Vaccination in the Punjab 1905-1918 - 1905-1918
Year: 1905
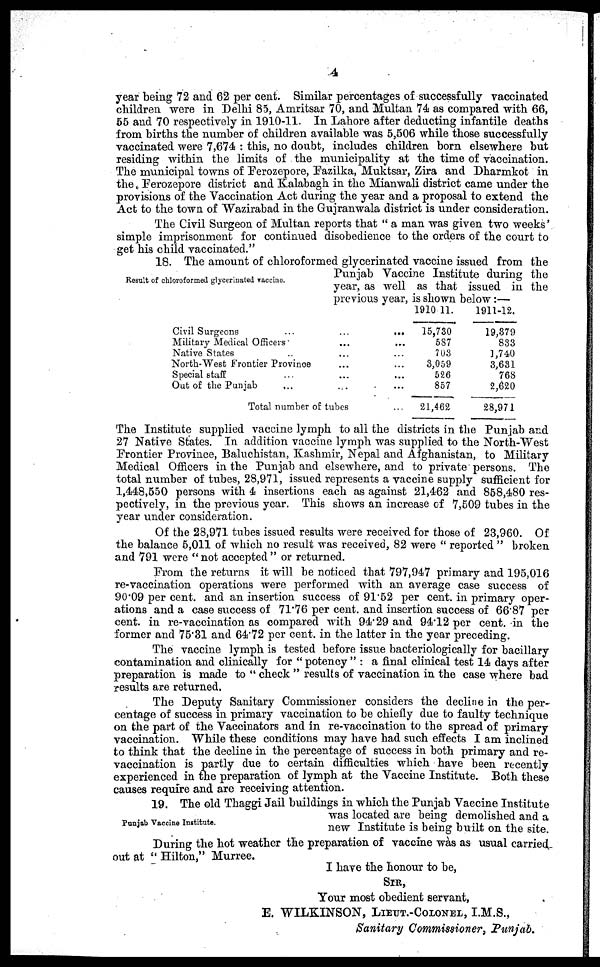
4
year being 72 and 62 per cent. Similar percentages of successfully vaccinated
children were in Delhi 85, Amritsar 70, and Multan 74 as compared with 66,
55 and 70 respectively in 1910-11. In Lahore after deducting infantile deaths
from births the number of children available was 5,506 while those successfully
vaccinated were 7,674 : this, no doubt, includes children born elsewhere but
residing within the limits of the municipality at the time of vaccination.
The municipal towns of Ferozepore, Fazilka, Muktsar, Zira and Dharmkot in
the Ferozepore district and Kalabagh in the Mianwali district came under the
provisions of the Vaccination Act during the year and a proposal to extend the
Act to the town of "Wazirabad in the Gujranwala district is under consideration.
The Civil Surgeon of Multan reports that " a man was given two weeks'
simple imprisonment for continued disobedience to the orders of the court to
get his child vaccinated."
Result of chloroformed glycerinated vaccine.
18. The amount of chloroformed glycerinated vaccine issued from the
Punjab Vaccine Institute during the
year, as well as that issued in the
previous year, is shown below:—
Civil Surgeons
...
...
...
Military Medical Officers ... ...
Native State ... ...
North-West Frontier Province ... ...
Special staff ... ... ...
Out of the Punjab ... ... ...
Total number of tubes ...
1910 11.
15,730
587
703
3,059
526
857
21,462
1911-12.
19,879
833
1,740
3,631
768
2,620
28,971
The Institute supplied vaccine lymph to all the districts in the Punjab and
27 Native States. In addition vaccine lymph was supplied to the North-West
Frontier Province, Baluchistan, Kashmir, Nepal and Afghanistan, to Military
Medical Officers in the Punjab and elsewhere, and to private persons. The
total number of tubes, 28,971, issued represents a vaccine supply sufficient for
1,448,550 persons with 4 insertions each as against 21,462 and 858,480 res-
pectively, in the previous year. This shows an increase of 7,509 tubes in the
year under consideration.
Of the 28,971 tubes issued results were received for those of 23,960. Of
the balance 5,011 of which no result was received, 82 were " reported " broken
and 791 were "not accepted" or returned.
From the returns it will be noticed that 797,947 primary and 195,016
re-vaccination operations were performed with an average case success of
90.09 per cent. and an insertion success of 91.52 per cent. in primary oper-
ations and a case success of 71.76 per cent. and insertion success of 66.87 per
cent. in re-vaccination as compared with 94.29 and 94.12 per cent. in the
former and 75.31 and 64.72 per cent. in the latter in the year preceding.
The vaccine lymph is tested before issue bacteriologically for bacillary
contamination and clinically for " potency " : a final clinical test 14 days after
preparation is made to " check " results of vaccination in the case where bad
results are returned.
The Deputy Sanitary Commissioner considers the decline in the per-
centage of success in primary vaccination to be chiefly due to faulty technique
on the part of the Vaccinators and in re-vaccination to the spread of primary
vaccination. While these conditions may have had such effects I am inclined
to think that the decline in the percentage of success in both primary and re-
vaccination is partly due to certain difficulties which have been recently
experienced in the preparation of lymph at the Vaccine Institute. Both these
causes require and are receiving attention.
Punjab Vaccine Institute.
19. The old Thaggi Jail buildings in which the Punjab Vaccine Institute
was located are being demolished and a
new Institute is being built on the site.
During the hot weather the preparation of vaccine was as usual carried
out at " Hilton," Murree.
I have the honour to be,
SIR,
Your most obedient servant,
E. WILKINSON, LIEUT.-COLONEL, I.M.S.,
Sanitary Commissioner, Punjab.